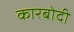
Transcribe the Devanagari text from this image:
कारबोदी